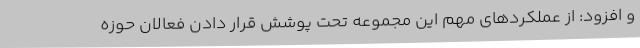
و افزود: از عملکردهای مهم این مجموعه تحت پوشش قرار دادن فعالان حوزه